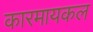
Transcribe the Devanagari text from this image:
कारमायकल